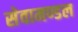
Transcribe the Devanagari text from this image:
सेवामण्डल